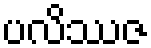
ပလိဿဇ